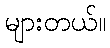
များတယ်။